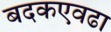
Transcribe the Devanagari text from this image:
बदकएवढा